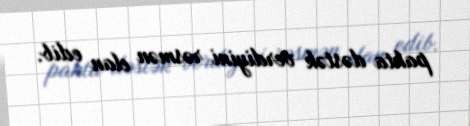
pakta dəstək verdiyini rəsmən elan edib.